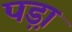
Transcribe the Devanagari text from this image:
पड़़ा